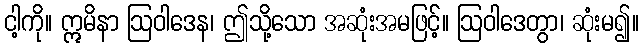
ငါ့ကို။ ဣမိနာ ဩဝါဒေန၊ ဤသို့သော အဆုံးအမဖြင့်။ ဩဝါဒေတွာ၊ ဆုံးမ၍။